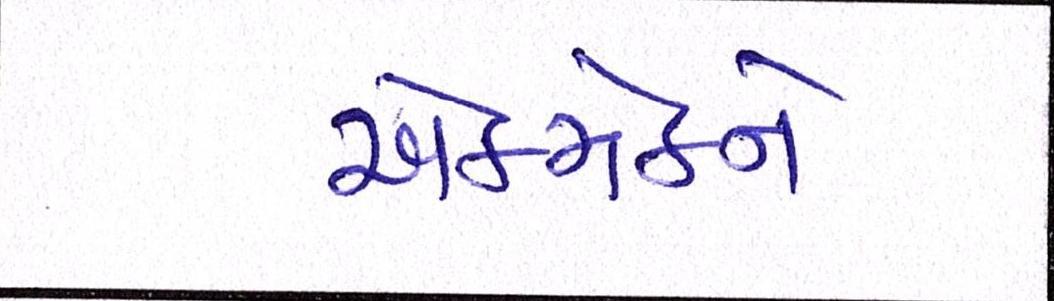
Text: એકમેકને